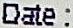
DATE :